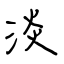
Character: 淡